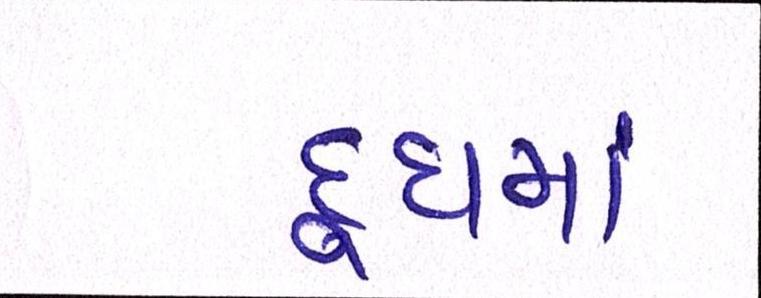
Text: દૂધમાં